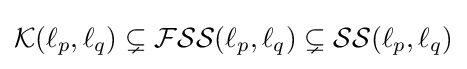
{\mathcal {K}}(\ell _{p},\ell _{q})\subsetneq {\mathcal {FSS}}(\ell _{p},\ell _{q})\subsetneq {\mathcal {SS}}(\ell _{p},\ell _{q})